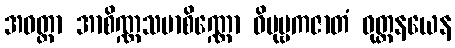
အဝတ္ထာ အာစိဏ္ဏသမာစိဏ္ဏော ဝိပုဗ္ဗကဇာတံ ဝုတ္တနယေန